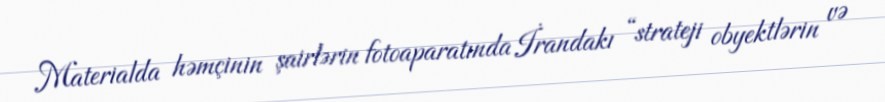
Materialda həmçinin şairlərin fotoaparatında İrandakı “strateji obyektlərin və